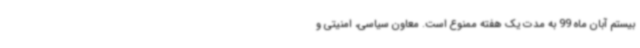
بیستم آبان ماه 99 به مدت یک هفته ممنوع است. معاون سیاسی، امنیتی و